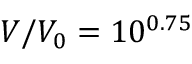
V / V _ { 0 } = 1 0 ^ { 0 . 7 5 }